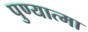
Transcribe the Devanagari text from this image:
पुण्‍यात्‍मा